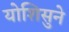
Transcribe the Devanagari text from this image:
योशिसुने